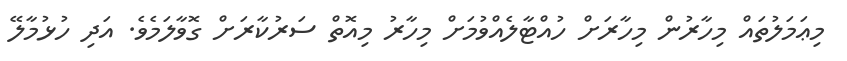
މިޢަމަލުތައް މިހާރުން މިހާރަށް ހުއްޓާލެއްވުމަށް މިހާރު މިއޮތް ސަރުކާރަށް ގޮވާލަމެވެ. އަދި ހުޅުމާލޭ